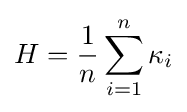
H={\frac {1}{n}}\sum _{i=1}^{n}\kappa _{i}